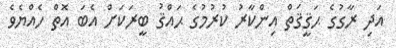
އަދި ރާގުގެ ޙަޤީޤަތް އިންކާރު ކުރުމުގެ ޙައްޤު ބީރަކަށް އެބަ އޮތް ހެއްޔެވެ